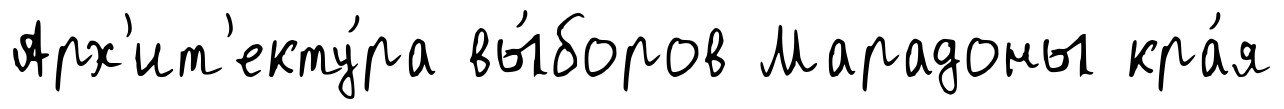
Арх'ит'екту́ра вы́боров Марадоны кра́я